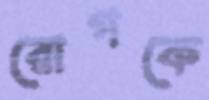
রোগকে